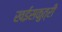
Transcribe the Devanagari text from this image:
खईसकुत्री